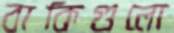
বাকিগুলো